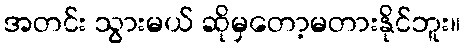
အတင်း သွားမယ် ဆိုမှတော့မတားနိုင်ဘူး။